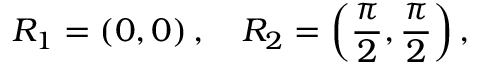
R _ { 1 } = \left( 0 , 0 \right) , \quad R _ { 2 } = \left( \frac { \pi } { 2 } , \frac { \pi } { 2 } \right) ,